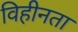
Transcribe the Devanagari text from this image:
विहीनता